Vaccination Hyderabad 1890-1903 - 1890-1903
Year: 1890
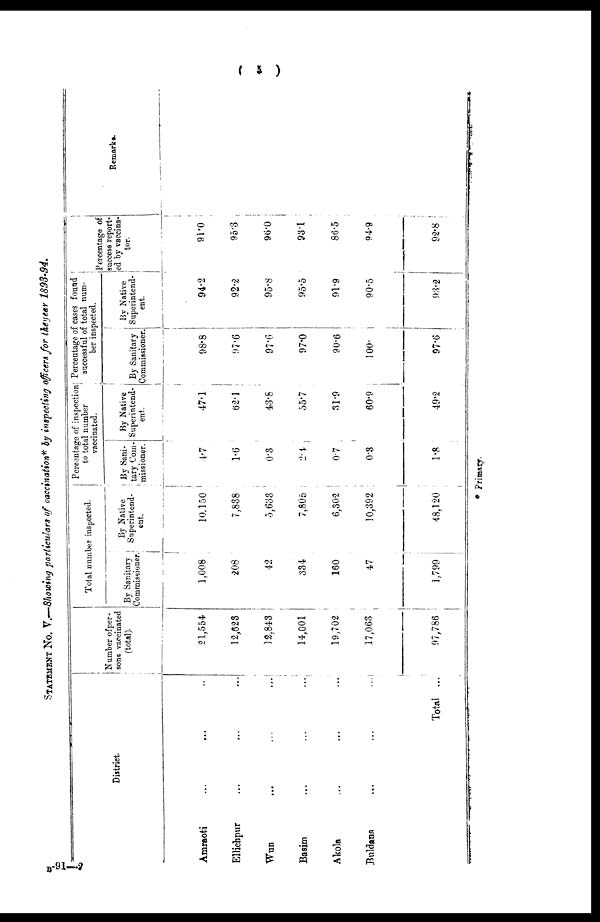
( 5 )
STATEMENT No. V.—Showing particulars of vaccination* by inspecting officers for the year 1893-94.
District.
Amraoti
...
... ..
Ellichpur ... ... ...
Wun
...
...
...
Basim ... ... ...
Akola ... ... ...
Buldana
...
...
...
Total ...
Number of per¬
sons vaccinated
(total).
21,554
12,623
12,848
14,001
19,702
17,068
97,786
Total number inspected.
By Sanitary
Commissioner.
1,008
208
42
384
160
47
1,799
By Native
Superintend-
ent.
10,150
7,838
5,638
7,806
6,302
10,392
48,120
Percentage of inspection
to total number
vaccinated.
By Sani¬
tary Com-
missioner.
4.7
1.6
0.3
2.4
0.7
0.3
1.8
By Native
Superintend-
ent.
47.1
62.1
43.8
55.7
31.9
60.9
49.2
Percentage of cases found
successful of total num-
ber inspected.
By Sanitary
Commissioner.
98.8
97.6
97.6
97.0
90.6
100.
97.6
By Native
Superintend-
ent.
94.2
92.2
95.8
95.5
91.9
90.5
93.2
Percentage of
success report¬
ed by vaccina¬
tor.
91.0
95.3
96.0
93.1
86.5
94.9
92.8
Remark*.
* Primary.
B-91—2